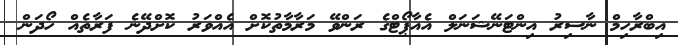
އިބްރާހިމް ނާސިރު އިންޓަނޭޝަނަލް އެއާޕޯޓްގެ ރަންވޭ މަރާމާތުކޮށް އެއްވަރު ކޮށްދޭނެ ފަރާތެއް ހޯދަން